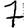
Digit: 7